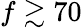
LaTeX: f\gtrsim 70